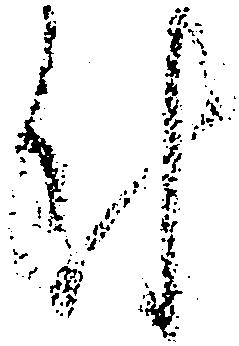
付